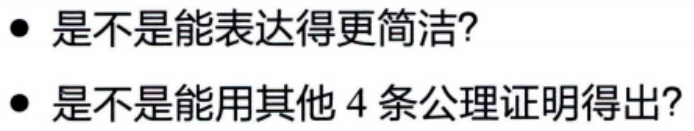
- 是不是能表达得更简洁?

- 是不是能用其他 4 条公理证明得出?